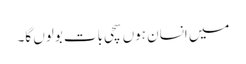
میں انسان ہوں سچی بات بولوں گا۔